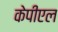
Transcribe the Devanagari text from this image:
केपीएल